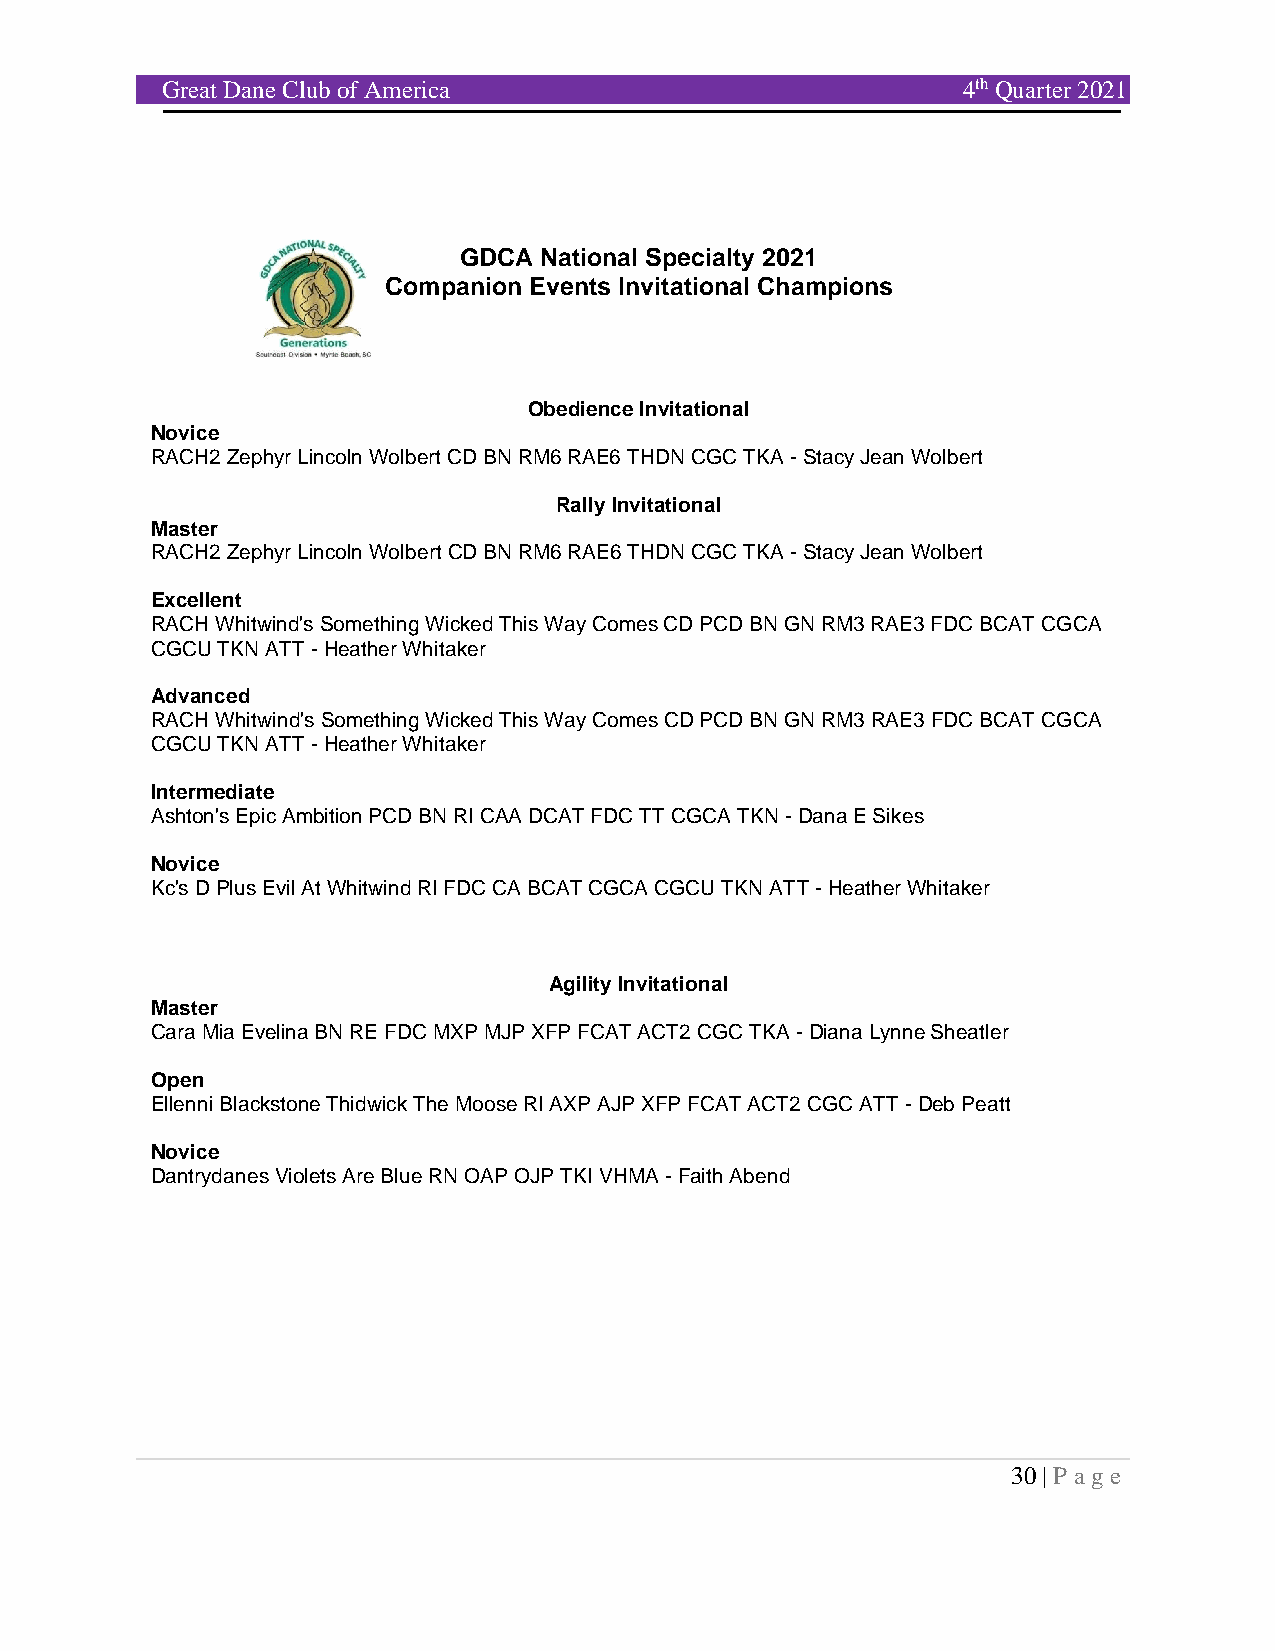
Great Dane Club of America                           4th Quarter 2021
 GDCA  National Specialty 2021
 Companion Events Invitational Champions
 Obedience Invitational
 Novice
 RACH2 Zephyr Lincoln Wolbert CD BN RM6 RAE6 THDN CGC TKA - Stacy Jean Wolbert
 Rally Invitational
 Master
 RACH2 Zephyr Lincoln Wolbert CD BN RM6 RAE6 THDN CGC TKA - Stacy Jean Wolbert
 Excellent
 RACH Whitwind's Something Wicked This Way Comes CD PCD BN GN RM3 RAE3 FDC BCAT CGCA
 CGCU TKN ATT - Heather Whitaker
 Advanced
 RACH Whitwind's Something Wicked This Way Comes CD PCD BN GN RM3 RAE3 FDC BCAT CGCA
 CGCU TKN ATT - Heather Whitaker
 Intermediate
 Ashton's Epic Ambition PCD BN RI CAA DCAT FDC TT CGCA TKN - Dana E Sikes
 Novice
 Kc's D Plus Evil At Whitwind RI FDC CA BCAT CGCA CGCU TKN ATT - Heather Whitaker
 Agility Invitational
 Master
 Cara Mia Evelina BN RE FDC MXP MJP XFP FCAT ACT2 CGC TKA - Diana Lynne Sheatler
 Open
 Ellenni Blackstone Thidwick The Moose RI AXP AJP XFP FCAT ACT2 CGC ATT - Deb Peatt
 Novice
 Dantrydanes Violets Are Blue RN OAP OJP TKI VHMA - Faith Abend
 30 | P age